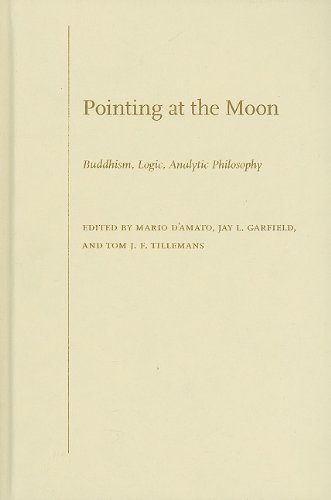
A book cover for Pointing at the Moon: Buddhism, Logic, Analytic Philosophy; Jay L. Garfield; Politics & Social Sciences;